Document type: Sale
Year: 1499
Scribe: Joan Martínez de Sòria
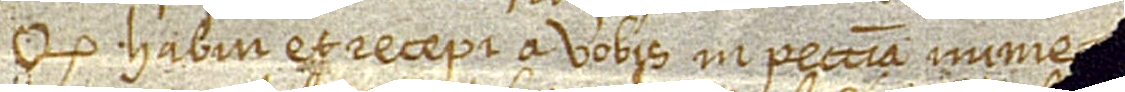
quod habui et recepi a vobis in peccunia nume[rata ad omnia meam volu]